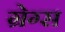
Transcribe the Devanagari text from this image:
ग्रेग्स